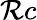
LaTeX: \mathcal{R}c